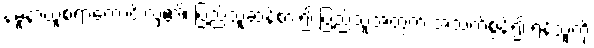
နမူနာယူစရာကောင်းလှ၏၊ ပြည်သူ့ဆန်စား၍ ပြည်သူ့အတွက် အသက်စွန့်၍ ရန်သူကို